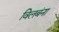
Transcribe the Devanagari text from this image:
विलबंना